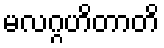
မလဂ္ဂဟိတာတိ